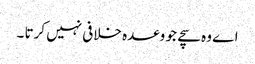
اے وہ سچے جو وعدہ خلافی نہیں کرتا ۔